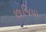
છાજિયા